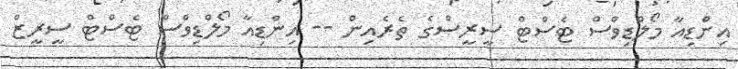
އިންޑިއާ މޯލްޑިވްސް ޓެސްޓް ސީރީސްގެ ތެރެއިން -- އިންޑިއާ މޯލްޑިވްސް ޓެސްޓް ސީރީޒް